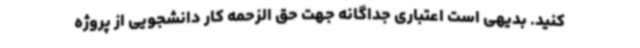
کنید. بدیهی است اعتباری جداگانه جهت حق الزحمه کار دانشجویی از پروژه